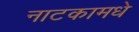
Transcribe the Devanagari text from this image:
नाटकामधे